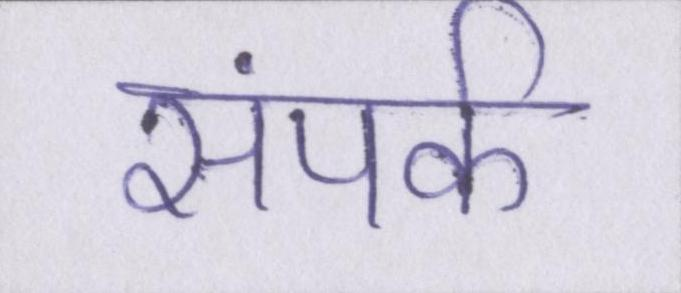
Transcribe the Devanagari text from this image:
संपर्क